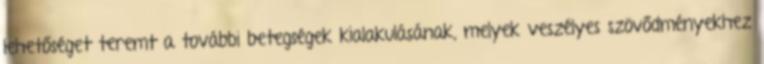
lehetőséget teremt a további betegségek kialakulásának, melyek veszélyes szövődményekhez